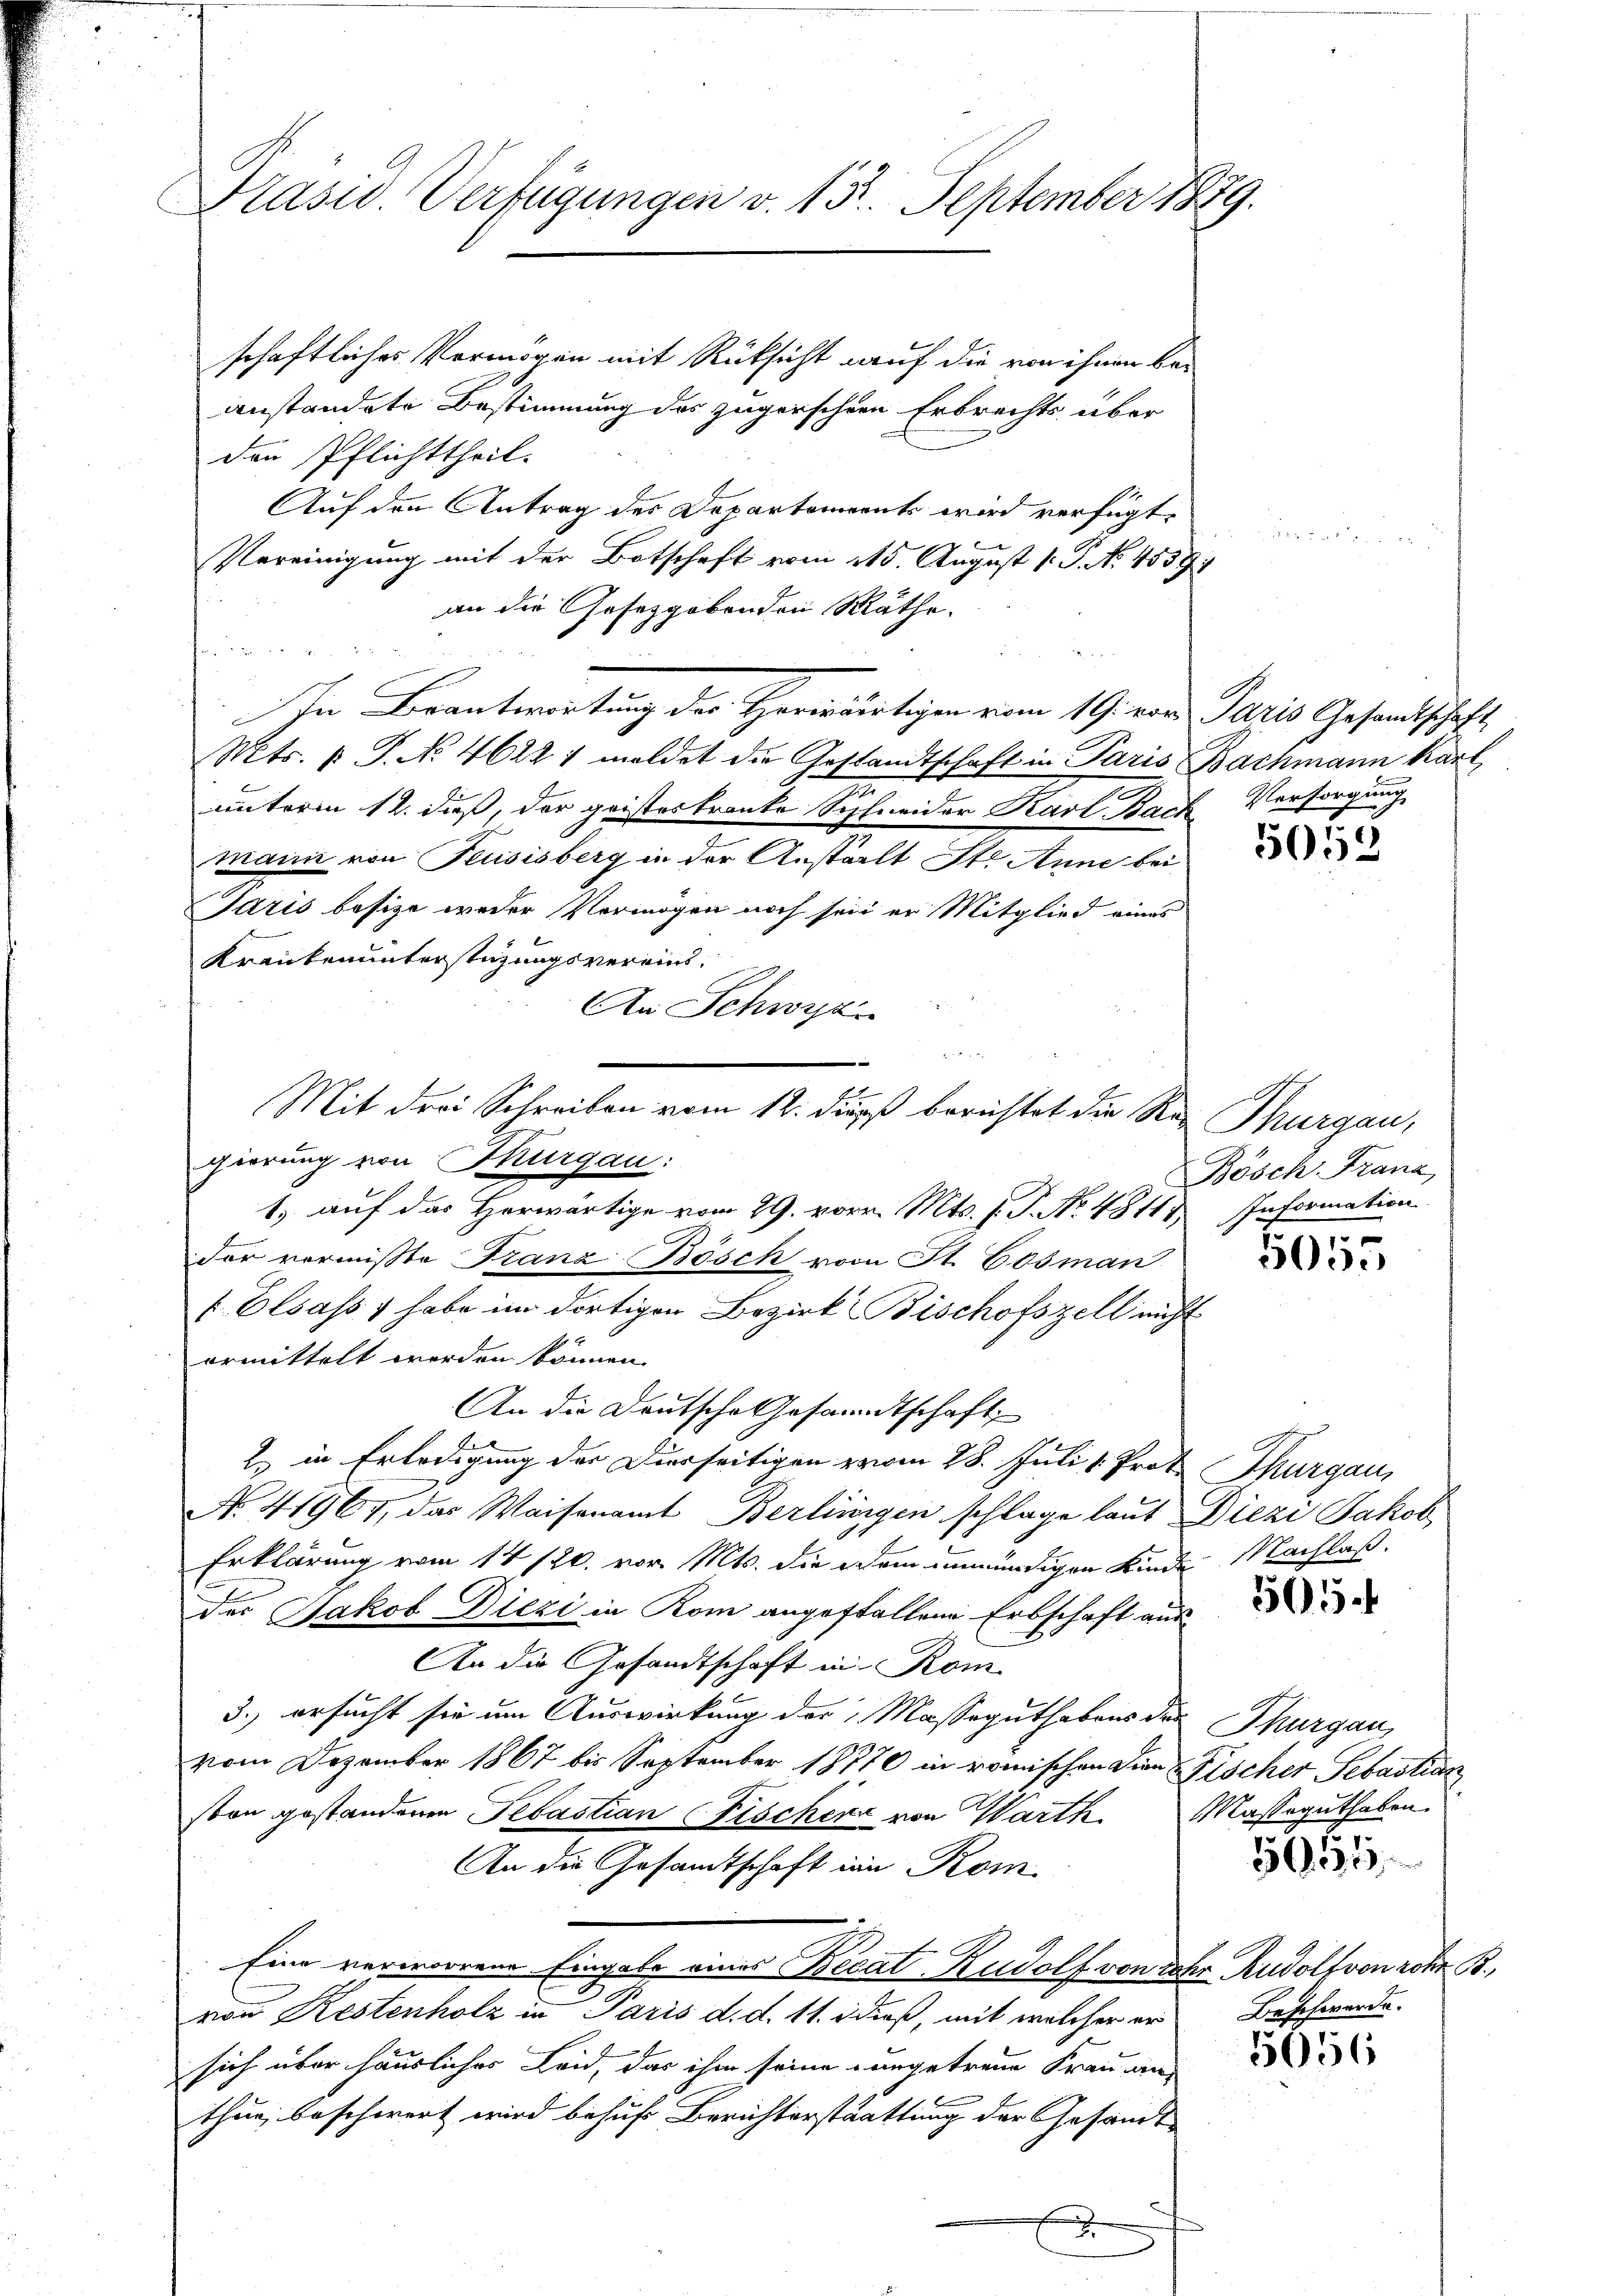
Prasw. Verfügungen v. 151. September 1879.

schaftliches Vermögen mit Rücksicht auf die von ihnen beanstandete Bestimmung des zugerschien Erbrechts über
den Pflichttheil.
Auf den Antrag des Departements wird verfügt:
Vereinigung mit der Botschaft vom 115. August [ P. No. 4539.
an die Gesetzgebenden Räthe.
de
In Beantwortung der Herwärtigen vom 19. von Paris Gesandtschaft
Mts. v. J. No. 46221 meldet die Gestandtschaft in Paris Bachmann kart,
7
unterm 12. dieß, der geistertraute Schneider Karl Bach Vorsorgung
mann von Feusisberg in der Anstalt St. Anne bei
Paris besize weder Vermögen noch sein er Mitglied eines
Krankenunterstüzungsvereins¬
An Schwyz
Mit drei Schreiben vom 12. dieß berichtet die Re-
1.) auf das Herwärtige vom 29. vor. Mts. f. P. No. 4811
f Elsass, habe im dortigen Bezirk Bischofszell nicht
ormittelt werden können.
An die Deutsche Gesandtschaft
2. in Erledigung der Dierseitigen vom 28. Juli 1. Prof. Thurgau,
No. 41961, das Waisenamt Berlinigen schlage laut Diezi Jakob
Erklärung vom 14/20. vor. Mts. die dem unmündigen Kinde Nachlaß¬
E
des Jakob Diezi in Rom angefallene Erbschaft aus
An die Gesandtschaft in Rom
3.) ersucht sie um Auswirkung der Masseguthabens der Thurgau,
vom Dezember 1867 bis September 18770 in römischen Dien Fischer Sebastian
ston gestandenen Sebastian Fischere von Warth. Masseguthaben.
An die Gesamtschaft in Kom
Eine verworrene Eingabe eines Becat Rudolf von ihr Rudolf von rohe B
von Restenholz in Paris d. d. 11. dieß, mit welcher er
sich über häuslicher Leid, das ihm seine ungetreue Frau ans
thur, beschwert wird behufs Berichterstaattung der Gesandt-
E

gierung von Thurgau:

der vermisste Franz Bösch vom St. Cosman

r

5052

Thurgau,
Bösch Franz,
Information

5055

505.

5054

Beschwerde.

5056